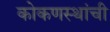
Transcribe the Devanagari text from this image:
कोकणस्थांची